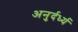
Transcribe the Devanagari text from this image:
अनुर्दर्ध्य